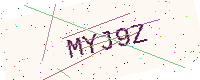
Text: MYJ9Z